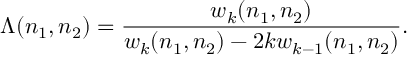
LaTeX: \Lambda ( n _ { 1 } , n _ { 2 } ) = \frac { w _ { k } ( n _ { 1 } , n _ { 2 } ) } { w _ { k } ( n _ { 1 } , n _ { 2 } ) - 2 k w _ { k - 1 } ( n _ { 1 } , n _ { 2 } ) } .